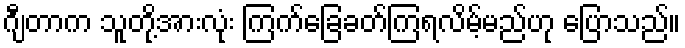
ဂျီတာက သူတို့အားလုံး ကြက်ခြေခတ်ကြရလိမ့်မည်ဟု ပြောသည်။